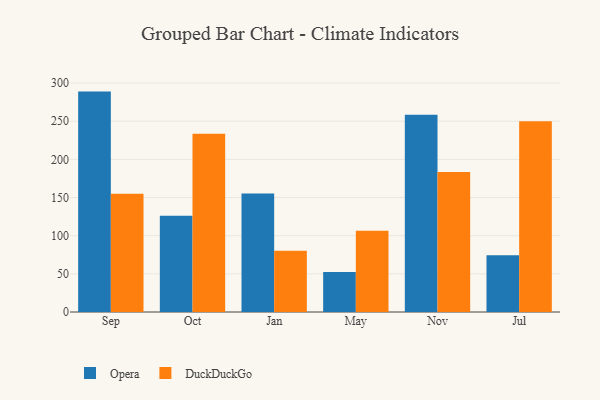
{"axis": {"x": "Month", "y": "Net Income (USD K)"}, "legend": ["DuckDuckGo", "Opera"], "data": [{"x": "Sep", "y": 288.8, "type": "Opera"}, {"x": "Sep", "y": 155.0, "type": "DuckDuckGo"}, {"x": "Oct", "y": 126.1, "type": "Opera"}, {"x": "Oct", "y": 233.7, "type": "DuckDuckGo"}, {"x": "Jan", "y": 155.4, "type": "Opera"}, {"x": "Jan", "y": 80.1, "type": "DuckDuckGo"}, {"x": "May", "y": 52.5, "type": "Opera"}, {"x": "May", "y": 106.6, "type": "DuckDuckGo"}, {"x": "Nov", "y": 258.4, "type": "Opera"}, {"x": "Nov", "y": 183.4, "type": "DuckDuckGo"}, {"x": "Jul", "y": 74.4, "type": "Opera"}, {"x": "Jul", "y": 250.0, "type": "DuckDuckGo"}]}